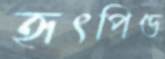
হৃৎপিণ্ড